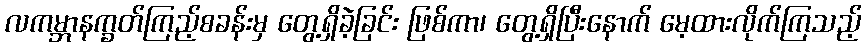
လကမ္ဘာနက္ခတ်ကြည့်စခန်းမှ တွေ့ရှိခဲ့ခြင်း ဖြစ်ကာ၊ တွေ့ရှိပြီးနောက် မေ့ထားလိုက်ကြသည့်